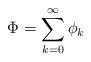
LaTeX: \begin{align*}\Phi = \sum_{k=0}^{\infty} \phi_k\end{align*}